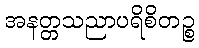
အနတ္တသညာပရိစိတဉ္စ